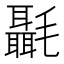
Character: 𰚶